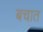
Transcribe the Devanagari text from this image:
बचात